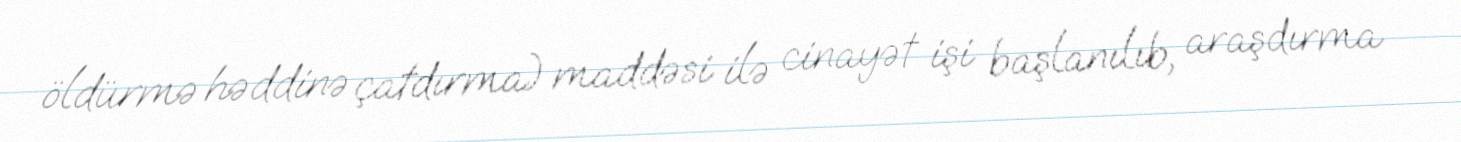
öldürmə həddinə çatdırma) maddəsi ilə cinayət işi başlanılıb, araşdırma